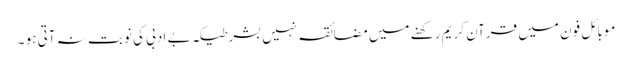
موبائل فون میں قرآنِ کریم رکھنے میں مضائقہ نہیں بشرطیکہ بے ادبی کی نوبت نہ آتی ہو ۔